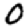
Digit: 0